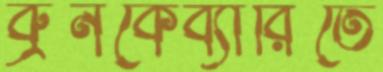
ব্রুনকেব্যারিতে